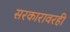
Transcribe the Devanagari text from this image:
सरकारावरही